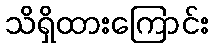
သိရှိထားကြောင်း